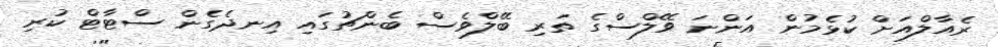
ރެއާލްއަށް ކުޅެމުން އަންނަ ވޭލްސްގެ ތަރި ބޭލްވެސް ބެންޗުގައި އިނދެގެން ސްޓާޓް ކުރި